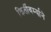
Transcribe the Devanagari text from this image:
किर्तीवर्म्याने